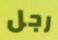
رجل